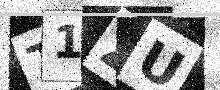
Text: T1ZU